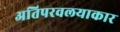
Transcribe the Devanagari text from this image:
अतिपरवलयाकार